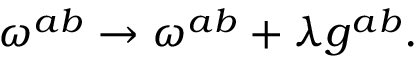
\omega ^ { a b } \rightarrow \omega ^ { a b } + \lambda g ^ { a b } .